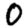
Digit: 0